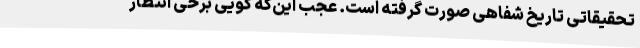
تحقیقاتی تاریخ شفاهی صورت گرفته است. عجب این‌که گویی برخی انتظار